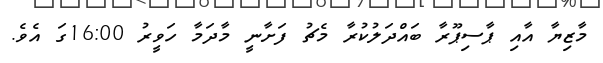
މާޒިޔާ އާއި ޕާސިޕޫރާ ބައްދަލުކުރާ މެޗު ފަށާނީ މާދަމާ ހަވީރު 16:00ގަ އެވެ.